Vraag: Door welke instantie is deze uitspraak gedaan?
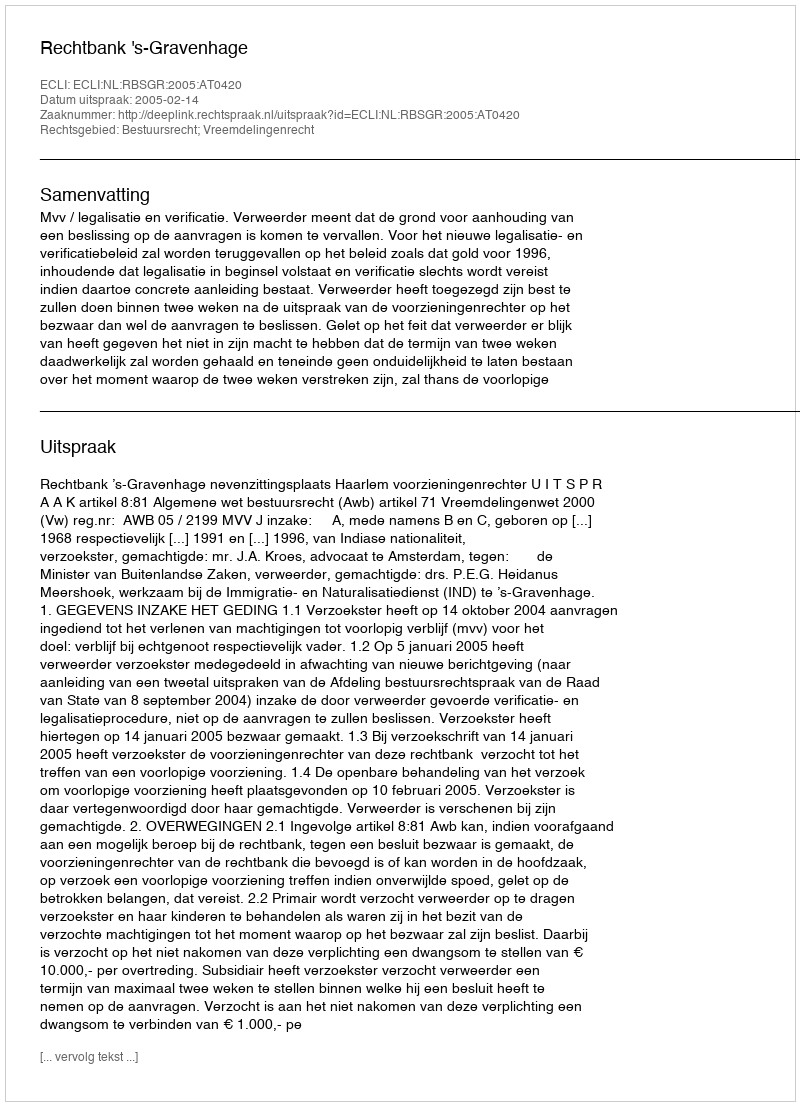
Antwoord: Rechtbank 's-Gravenhage